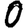
Digit: 0